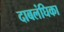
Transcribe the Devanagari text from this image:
दाबलंघिका